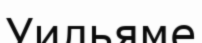
Уильяме